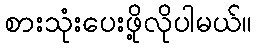
စားသုံးပေးဖို့လိုပါမယ်။